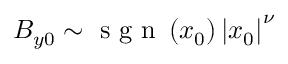
B _ { y 0 } \sim \mathrm { ~ s ~ g ~ n ~ } \left( x _ { 0 } \right) \left| x _ { 0 } \right| ^ { \nu }